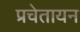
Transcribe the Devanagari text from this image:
प्रचेतायन